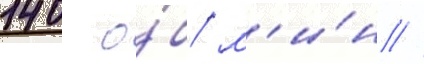
140 о́б/ м'и́н //